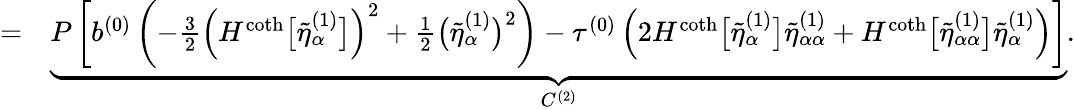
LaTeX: \begin{array}{rl}{=}&{{}\underbrace{P\left[b^{(0)}\left(-\frac{3}{2}\left(H^{\coth}\big[\tilde{\eta}_{\alpha}^{(1)}\big]\right)^{2}+\frac{1}{2}\big(\tilde{\eta}_{\alpha}^{(1)}\big)^{2}\right)-\tau^{(0)}\left(2H^{\coth}\big[\tilde{\eta}_{\alpha}^{(1)}\big]\tilde{\eta}_{\alpha\alpha}^{(1)}+H^{\coth}\big[\tilde{\eta}_{\alpha\alpha}^{(1)}\big]\tilde{\eta}_{\alpha}^{(1)}\right)\right]}_{C^{(2)}}.}\end{array}